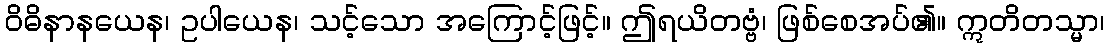
ဝိဓိနာနယေန၊ ဥပါယေန၊ သင့်သော အကြောင့်ဖြင့်။ ဤရယိတဗ္ဗံ၊ ဖြစ်စေအပ်၏။ ဣတိတသ္မာ၊